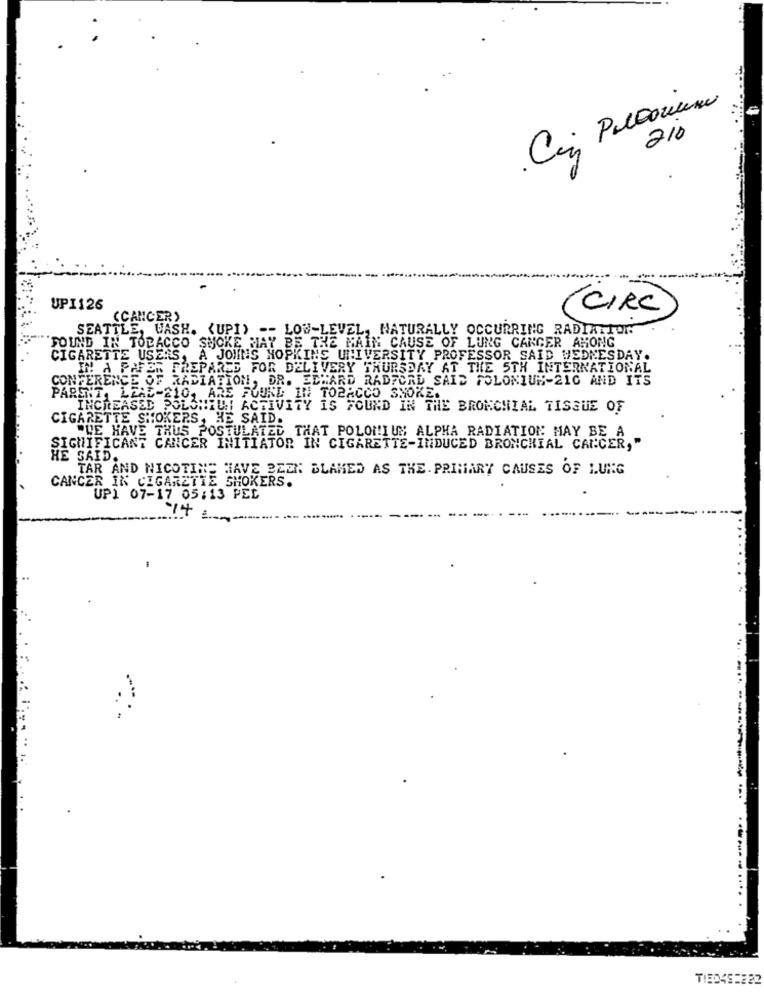
Con Polloriuna
210
UPI126
(CIRC
(CANCER)
SEATTLE, WASH. (UPI) -- LOW-LEVEL, NATURALLY OCCURRING RADIATION
FOUND IN TOBACCO SMOKE MAY BE THE MAIN CAUSE OF LUNG CANCER AMONG
CIGARETTE USERS,
A JOHNS HOPKINS UNIVERSITY PROFESSOR SAID WEDNESDAY.
IN A PAFER PREPARED FOR DELIVERY THURSDAY AT THE 5TH INTERNATIONAL
CONFERENCE OF RA
RADIATION, DR. EDWARD RADFORD SAID POLONIUM-210 AND ITS
PARENT, LEAD-210, ARE FOUND IN TOBACCO SHORE ...
INCREASED POLONIDI ACTIVITY IS FOUND IN THE BRONCHIAL TISSUE OF
CIGARETTE SMOKERS, HE SAID.
"WE HAVE THUS POSTULATED THAT POLONIUM ALPHA RADIATION MAY BE A
SIGNIFICANT CANCER INITIATOR IN CIGARETTE-INDUCED BRONCHIAL CANCER,'
HE SAID.
TAR AND NICOTINE HAVE BEEN BLAMED AS THE. PRIMARY CAUSES OF LUNG
CANCER IN CIGARETTE SHOKERS.
UP1 07-17 05:13 PEL
....